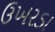
ઉખરડા